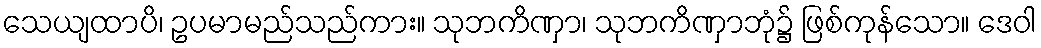
သေယျထာပိ၊ ဥပမာမည်သည်ကား။ သုဘကိဏှာ၊ သုဘကိဏှာဘုံ၌ ဖြစ်ကုန်သော။ ဒေဝါ